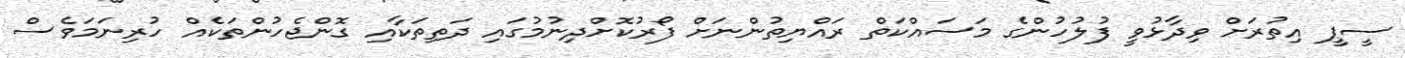
ސީޕީ އިތުރަށް ވިދާޅުވީ ފުލުހުންގެ މަސައްކަތް ރައްޔިތުންނަށް ފޯރުކޮށްދިނުމުގައި ދަތިތަކާއި ގޮންޖެހުންތަކެއް ހުރިނަމަވެސް